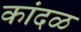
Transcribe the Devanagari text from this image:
कांदळ